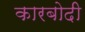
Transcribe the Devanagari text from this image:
कारबोदी